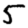
Digit: 5